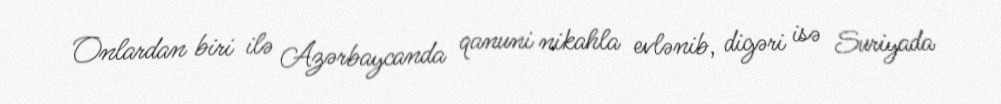
Onlardan biri ilə Azərbaycanda qanuni nikahla evlənib, digəri isə Suriyada